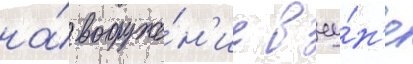
на́ вооруже́н'ие в иу́н'е